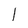
Character: I